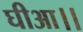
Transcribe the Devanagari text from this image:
घीआ।।